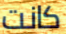
كانت